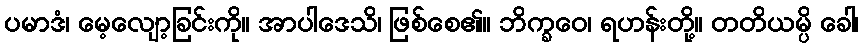
ပမာဒံ၊ မေ့လျော့ခြင်းကို။ အာပါဒေသိ၊ ဖြစ်စေ၏။ ဘိက္ခဝေ၊ ရဟန်းတို့။ တတိယမ္ပိ ခေါ၊